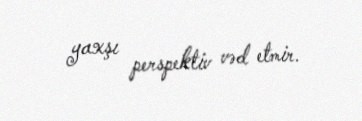
yaxşı perspektiv vəd etmir.